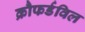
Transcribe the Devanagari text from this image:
क्रौफर्डविल